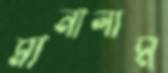
মানালাম